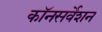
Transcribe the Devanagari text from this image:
कॉनसर्वेशन